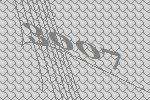
3007